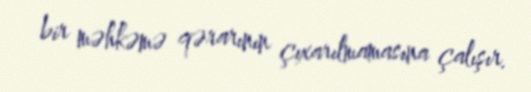
bir məhkəmə qərarının çıxarılmamasına çalışır.